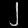
Digit: ၂